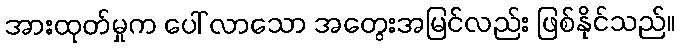
အားထုတ်မှုက ပေါ် လာသော အတွေးအမြင်လည်း ဖြစ်နိုင်သည်။